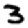
Digit: 3